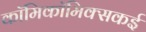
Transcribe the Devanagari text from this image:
काॅमिकॉमिक्सकई